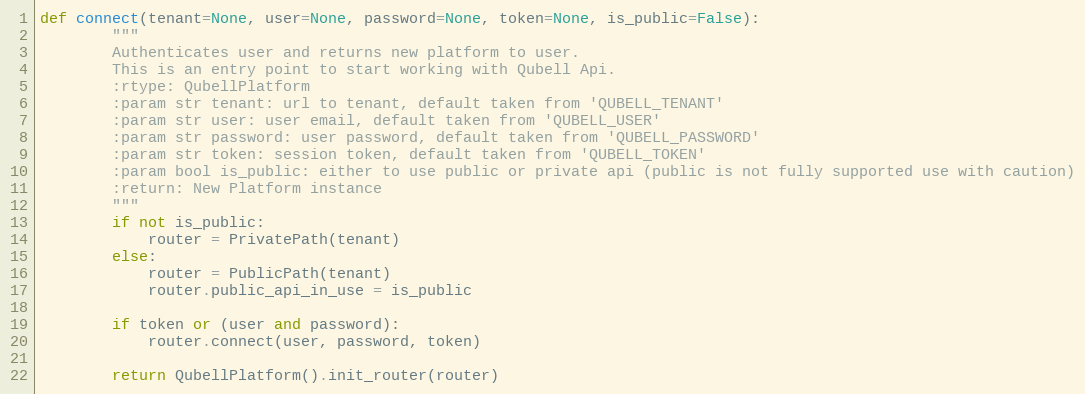
Language: Python
def connect(tenant=None, user=None, password=None, token=None, is_public=False):
        """
        Authenticates user and returns new platform to user.
        This is an entry point to start working with Qubell Api.
        :rtype: QubellPlatform
        :param str tenant: url to tenant, default taken from 'QUBELL_TENANT'
        :param str user: user email, default taken from 'QUBELL_USER'
        :param str password: user password, default taken from 'QUBELL_PASSWORD'
        :param str token: session token, default taken from 'QUBELL_TOKEN'
        :param bool is_public: either to use public or private api (public is not fully supported use with caution)
        :return: New Platform instance
        """
        if not is_public:
            router = PrivatePath(tenant)
        else:
            router = PublicPath(tenant)
            router.public_api_in_use = is_public

        if token or (user and password):
            router.connect(user, password, token)

        return QubellPlatform().init_router(router)